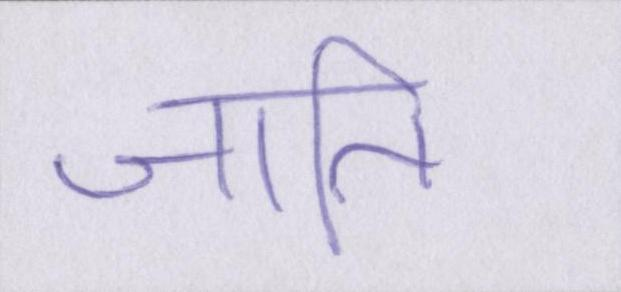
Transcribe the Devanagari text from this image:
जाति